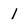
Character: 1